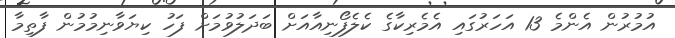
އުމުރުން އެންމެ 13 އަހަރުގައި އެމެރިކާގެ ކެލެފޯނިއާއަށް ބަދަލުވުމަށް ފަހު ކިޔަވާނިމުމުން ފާތިމާ